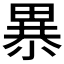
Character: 𰣎